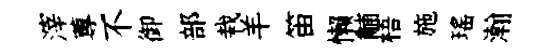
滓蓴不御部栽羊笛懒黼梧施瑤瀚